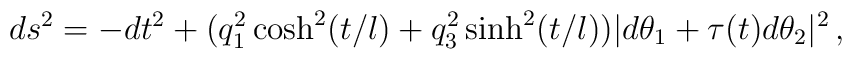
ds^2 = -dt^2 + (q_1^2\cosh^2(t/l)+q_3^2\sinh^2(t/l))|d\theta_1 + \tau(t)d\theta_2|^2\,,